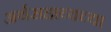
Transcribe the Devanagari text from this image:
अर्थसहाय्यच्या